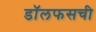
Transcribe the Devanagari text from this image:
डॉलफसची